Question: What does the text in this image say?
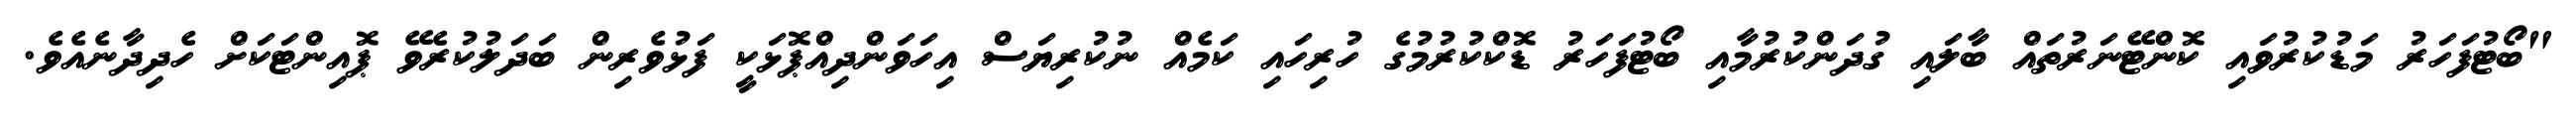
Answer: "ބޯޓުފަހަރު މަޑުކުރުވައި ކޮންޓޭނަރުތައް ބާލައި ގުދަންކުރުމާއި ބޯޓުފަހަރު ޑޮކްކުރުމުގެ ހުރިހައި ކަމެއް ނުކުރިޔަސް އިހަވަންދިއްޕޮޅަކީ ފަޅުވެރިން ބަދަލުކުރެވޭ ޕޮއިންޓަކަށް ހެދިދާނެއެވެ.